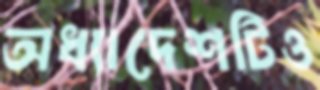
অধ্যাদেশটিও